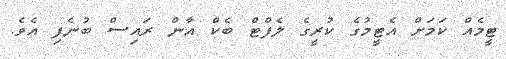
ޓީމެއް ކަމަށް އެޓީމުގެ ކުރީގެ ލެފްޓް ބެކް އާން ރައިސް ބުނެފި އެވެ.